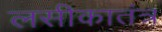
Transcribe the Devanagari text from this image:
लसीकातंत्र